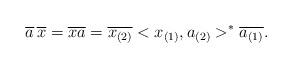
LaTeX: \begin{align*}\overline{a}\, \overline{x} = \overline{x a} =\overline{x_{(2)}}<x_{(1)},a_{(2)}>^{*}\overline{a_{(1)}}.\end{align*}